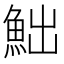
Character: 𩶌